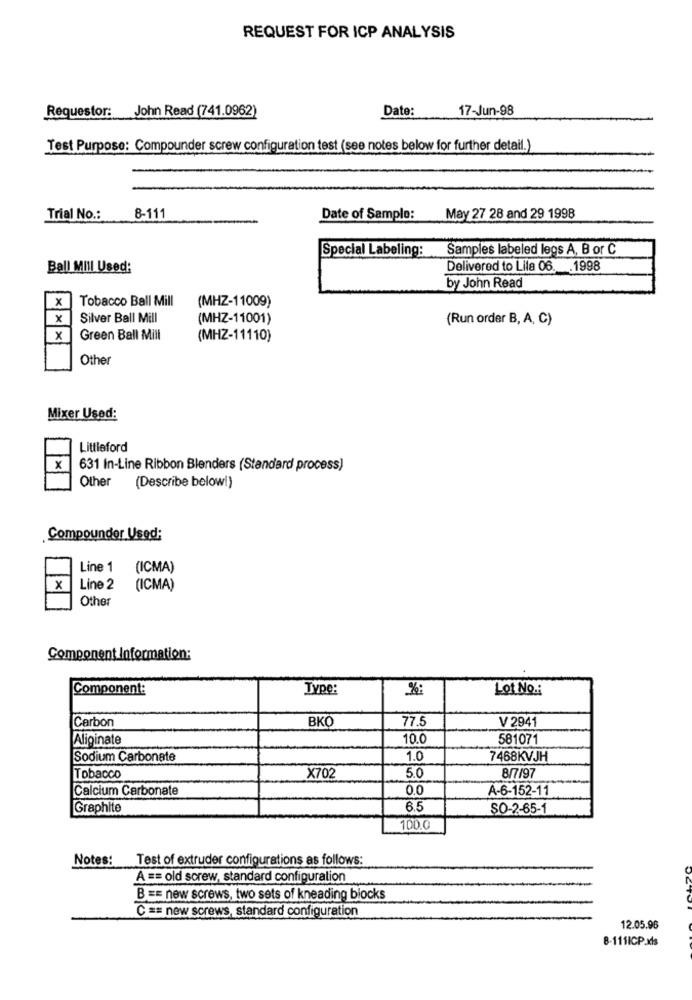
REQUEST FOR ICP ANALYSIS
Requestor: John Read (741.0962)
Date:
17-Jun-98
Test Purpose: Compounder screw configuration test (see notes below for further detail.)
Trial No .:
8-111
Date of Sample:
May 27 28 and 29 1998
Special Labeling: Samples labeled legs A, B or C
Ball MIII Used:
Delivered to Lila 06. . 1998
by John Read
| x
Tobacco Ball Mill
(MHZ-11009)
x
Silver Ball Mill
(MHZ-11001)
(Run order B, A, C)
x
Green Ball Mill
(MHZ-11110)
Other
Mixer Used:
Littleford
x
631 In-Line Ribbon Blenders (Standard process)
Other
(Describe belowi)
Compoundor Used:
Line 1
(ICMA)
x
Line 2
(ICMA)
Other
Component Information:
Component:
Type:
Lot No .:
Carbon
BKO
77.5
V 2941
Aliginate
10.0
581071
Sodium Carbonate
1.0
7468KVJH
Tobacco
X702
5.0
8/7/97
Calcium Carbonate
0.0
A-6-152-11
Graphite
6.5
SO-2-65-1
100.0
Notes: Test of extruder configurations as follows:
A == old screw, standard configuration
B == new screws, two sets of kneading blocks
C == new screws, standard configuration
12.05.96
8-111ICP.xls